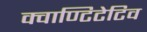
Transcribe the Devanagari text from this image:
क्वाण्टिटेटिव